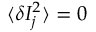
\langle \delta I _ { j } ^ { 2 } \rangle = 0